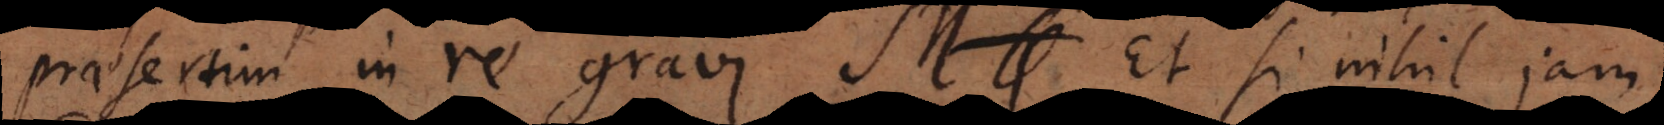
praesertim in re gravi. M. Et si nihil jam